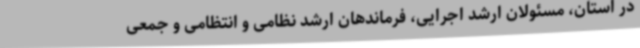
در استان، مسئولان ارشد اجرایی، فرماندهان ارشد نظامی و انتظامی و جمعی